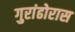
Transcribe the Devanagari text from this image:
गुरांढोरास